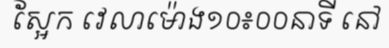
ស្អែក វេលាម៉ោង១០៖០០នាទី នៅ